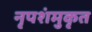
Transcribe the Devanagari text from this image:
नृपशंमुकृत